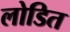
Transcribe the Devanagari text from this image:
लोडित